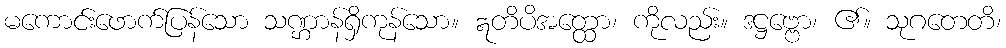
မကောင်းဖောက်ပြန်သော သဏ္ဌာန်ရှိကုန်သော။ ဣတိပိအတ္ထော၊ ကိုလည်း။ ဒဋ္ဌဗ္ဗော၊ ၏။ သုဂတေတိ၊